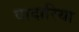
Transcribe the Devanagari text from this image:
वादारिया